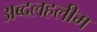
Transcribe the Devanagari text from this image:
अब्दलहलीम